Scientific memoirs by medical officers of the Army of India - Part III,
Year: 1887
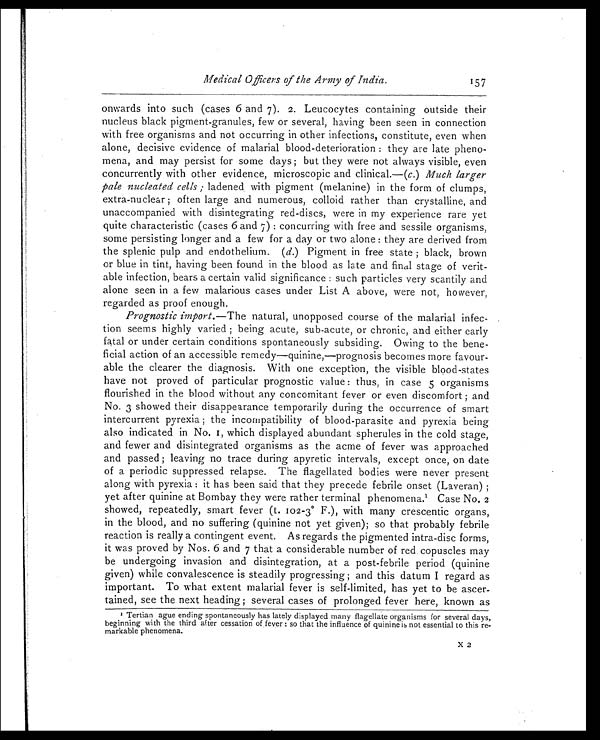
Medical Officers of the Army of India.
157
onwards into such (cases 6 and 7). 2. Leucocytes containing outside their
nucleus black pigment-granules, few or several, having been seen in connection
with free organisms and not occurring in other infections, constitute, even when
alone, decisive evidence of malarial blood-deterioration : they are late pheno-
mena, and may persist for some days ; but they were not always visible, even
concurrently with other evidence, microscopic and clinical.—( c. ) Much larger
pale nucleated cells ; ladened with pigment (melanine) in the form of clumps,
extra-nuclear ; often large and numerous, colloid rather than crystalline, and
unaccompanied with disintegrating red-discs, were in my experience rare yet
quite characteristic (cases 6 and 7) : concurring with free and sessile organisms,
some persisting longer and a few for a day or two alone : they are derived from
the splenic pulp and endothelium. (d.) Pigment in free state ; black, brown
or blue in tint, having been found in the blood as late and final stage of verit-
able infection, bears a certain valid significance : such particles very scantily and
alone seen in a few malarious cases under List A above, were not, however,
regarded as proof enough.
Prognostic import. —The natural, unopposed course of the malarial infec-
tion seems highly varied ; being acute, sub-acute, or chronic, and either early
fatal or under certain conditions spontaneously subsiding. Owing to the bene--
ficial action of an accessible remedy—quinine, —prognosis becomes more favour
-able the clearer the diagnosis. With one exception, the visible blood-states
have not proved of particular prognostic value : thus, in case 5 organisms
flourished in the blood without any concomitant fever or even discomfort ; and
No. 3 showed their disappearance temporarily during the occurrence of smart
intercurrent pyrexia ; the incompatibility of blood-parasite and pyrexia being
also indicated in No. 1, which displayed abundant spherules in the cold stage,
and fewer and disintegrated organisms as the acme of fever was approached
and passed ; leaving no trace during apyretic intervals, except once, on date
of a periodic suppressed relapse. The flagellated bodies were never present
along with pyrexia : it has been said that they precede febrile onset (Laveran) ;
yet after quinine at Bombay they were rather terminal phenomena. 1 C a s e N o . 2
showed, repeatedly, smart fever (t. 102-3° F.), with many crescentic organs,
in the blood, and no suffering (quinine not yet given); so that probably febrile
reaction is really a contingent event. As regards the pigmented intra-disc forms,
it was proved by Nos. 6 and 7 that a considerable number of red copuscles may
be undergoing invasion and disintegration, at a post-febrile period (quinine
given) while convalescence is steadily progressing ; and this datum I regard as
important. To what extent malarial fever is self-limited, has yet to be ascer
-tained, see the next heading ; several cases of prolonged fever here, known as
1 T e r t i a n a g u e e n d i n g s p o n t a n e o u s l y h a s l a t e l y d i s p l a y e d m a n y f l a g e l l a t e o r g a n i s m s f o r s e v e r a l d a y s ,
beginning with the third after cessation of fever : so that the influence of quinine is not essential to this re
- m a r k a b l e p h e n o m e n a .
X 2